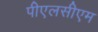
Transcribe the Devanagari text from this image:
पीएलसीएम